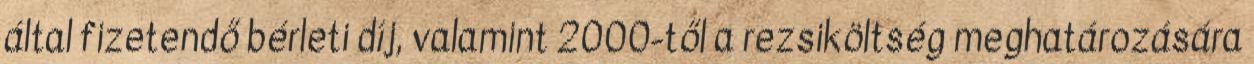
által fizetendő bérleti díj, valamint 2000-től a rezsiköltség meghatározására